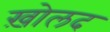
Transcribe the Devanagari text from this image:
ख़ोलद